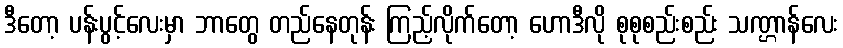
ဒီတော့ ပန်းပွင့်လေးမှာ ဘာတွေ တည်နေတုန်း ကြည့်လိုက်တော့ ဟောဒီလို စုစုစည်းစည်း သဏ္ဌာန်လေး